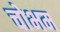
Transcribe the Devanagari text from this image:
चोभम